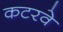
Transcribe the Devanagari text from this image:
कटरवे